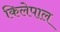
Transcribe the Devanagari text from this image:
किलेपाल